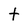
Character: t